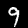
Digit: 9